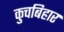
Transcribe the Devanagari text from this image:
कुचबिहार